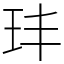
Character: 玤